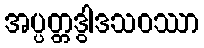
အပ္ပတ္တဒွါဒသဝဿာ